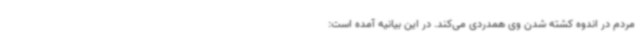
مردم در اندوه کشته شدن وی همدردی می‌کند. در این بیانیه آمده است: